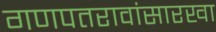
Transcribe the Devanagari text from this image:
गणपतरावांसारखा